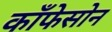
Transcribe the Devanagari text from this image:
काँफेसोन